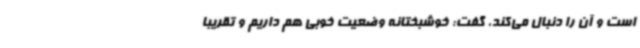
است و آن را دنبال می‌کند، گفت: خوشبختانه وضعیت خوبی هم داریم و تقریبا